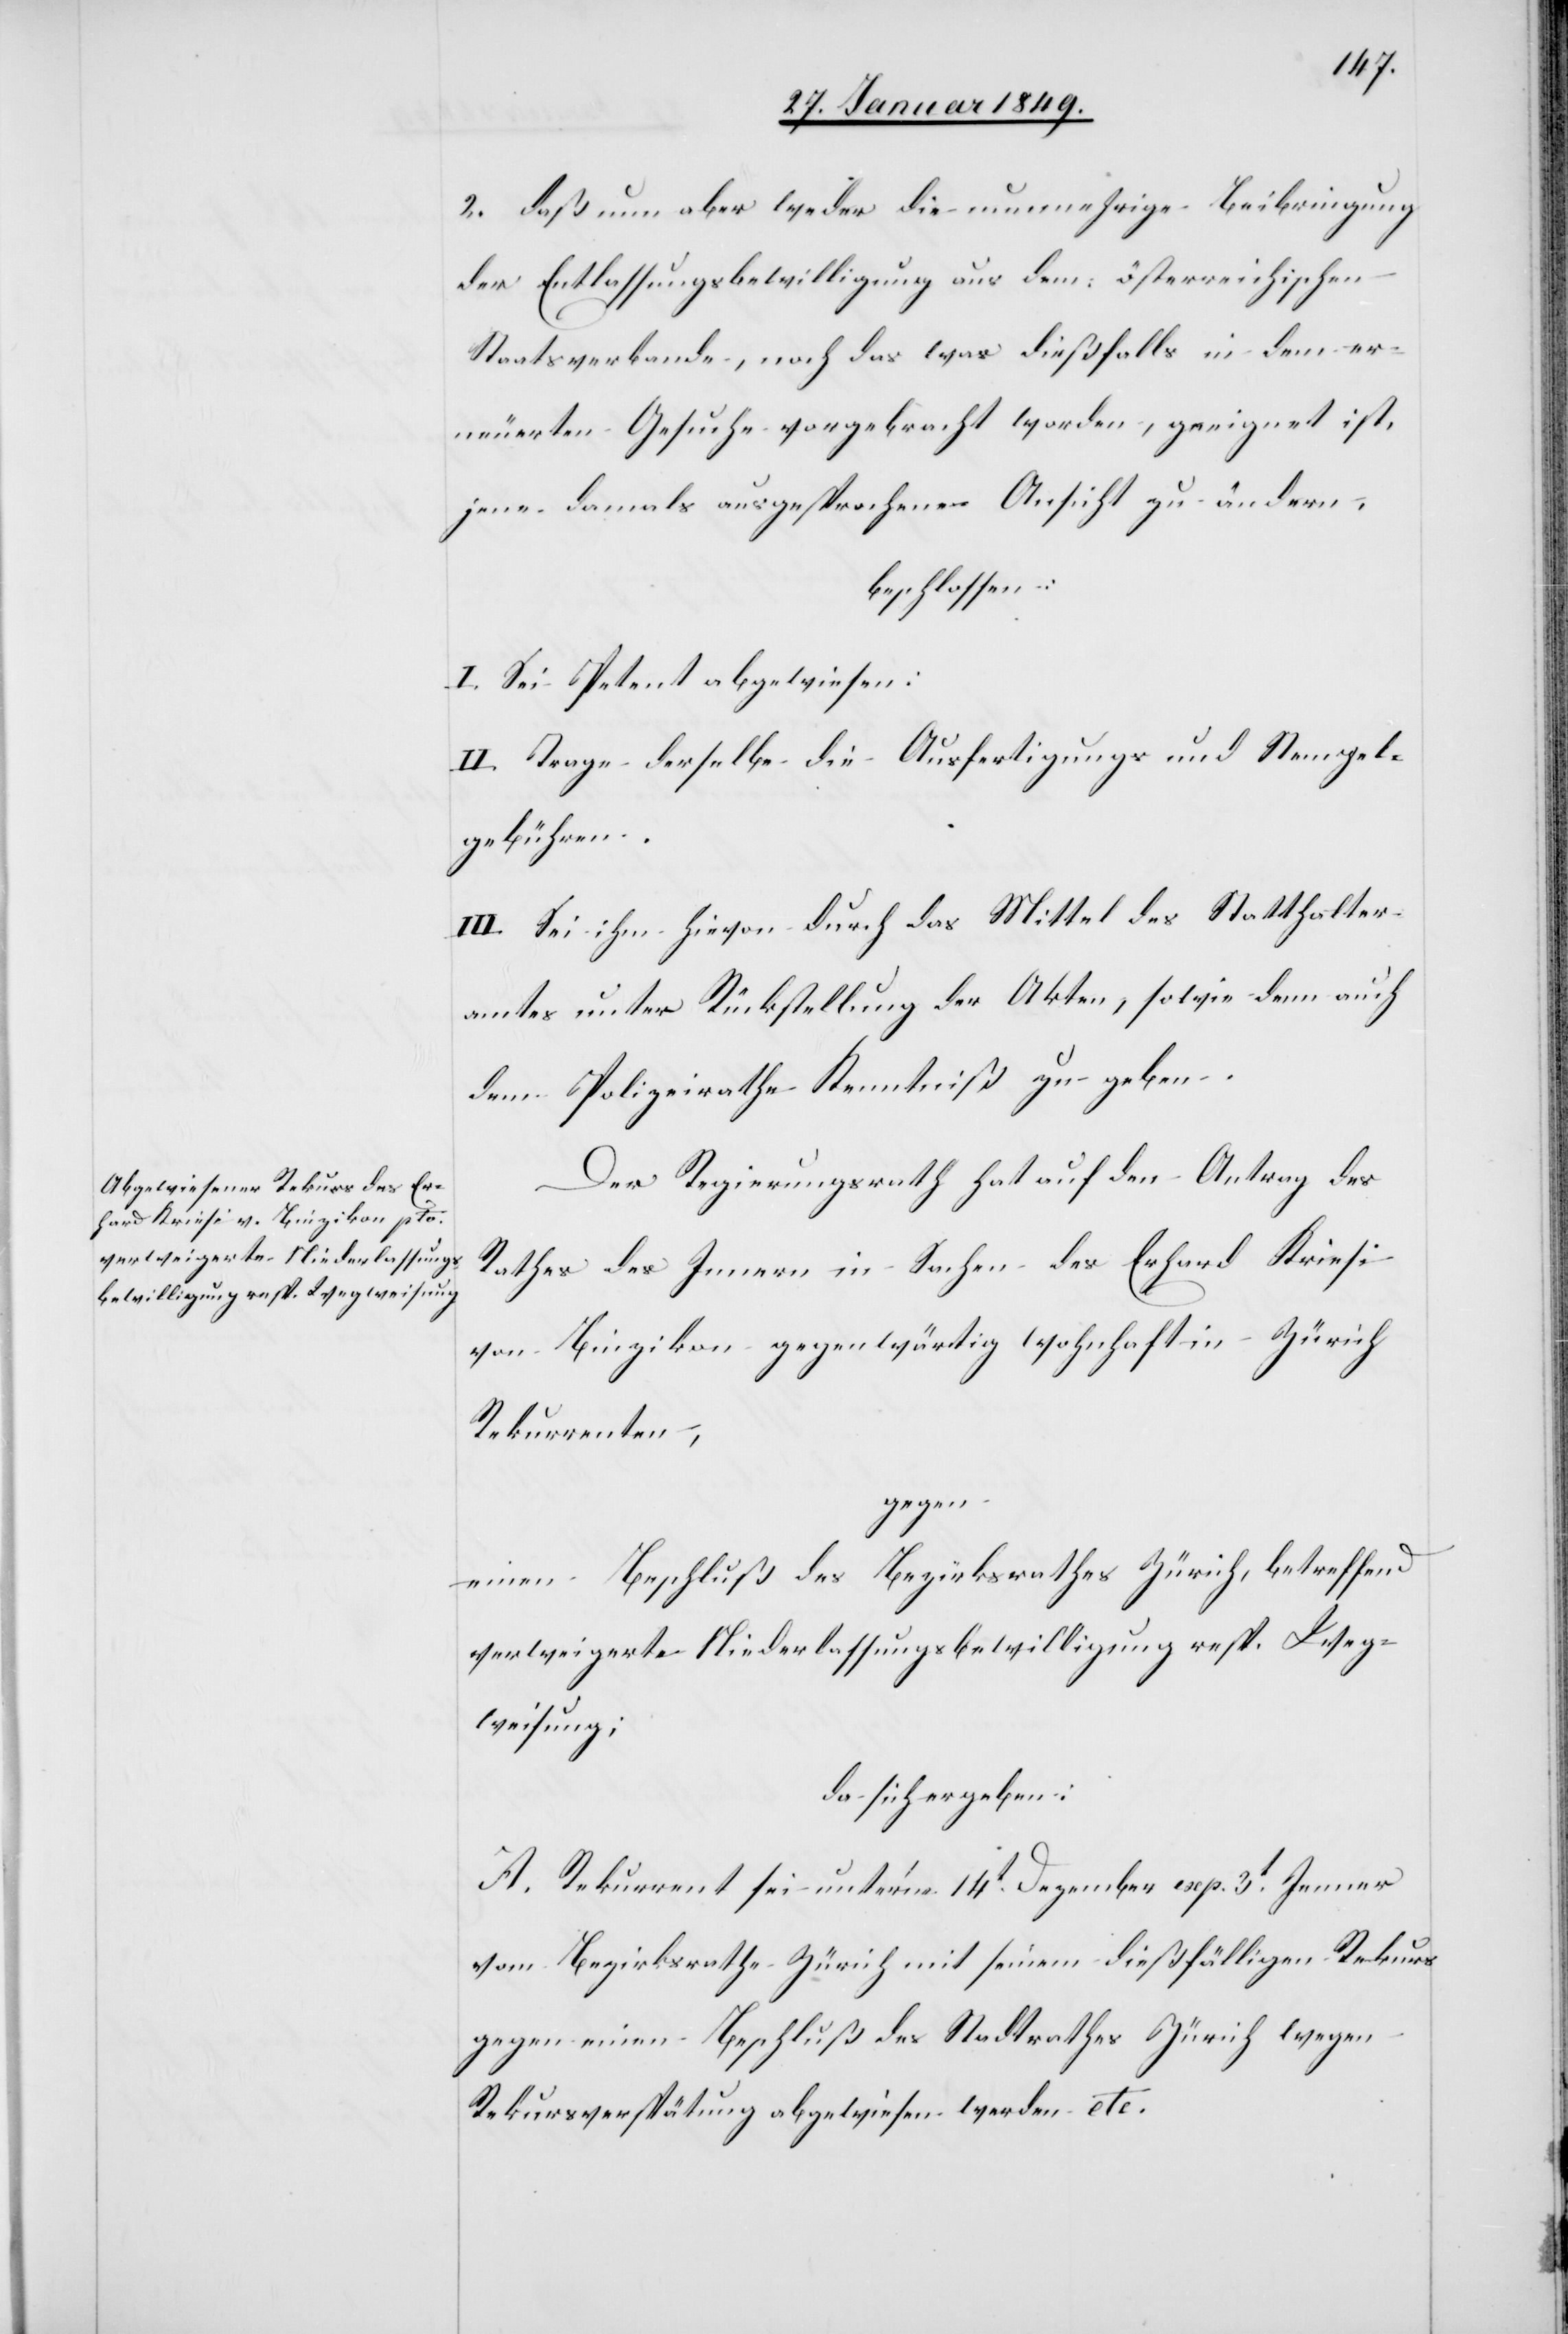
2. daß nun aber weder die nunmehrige Beibringung
der Entlassungsbewilligung aus dem österreichischen
Staatsverbande, noch das was dießfalls in dem er¬
neuerten Gesuche vorgebracht worden, geeignet ist,
jene damals ausgesprochene Ansicht zu ändern,
beschlossen:
I. Sei Petent abgewiesen.
II. Trage derselbe die Ausfertigungs und Stempel¬
gebühren.
III. Sei ihm hievon durch das Mittel des Statthalter¬
amtes unter Rückstellung der Akten, sowie denn auch
dem Polizeirathe Kenntniß zu geben.
Der Regierungsrath hat auf den Antrag des
Rathes des Innern in Sachen des Erhard Kriesi
von Binzikon gegenwärtig wohnhaft in Zürich
Rekurrenten,
gegen
einen Beschluß des Bezirksrathes Zürich, betreffend
verweigerte Niederlassungsbewilligung resp. Weg¬
weisung;
da sich ergeben:
A. Rekurrent sei unter’m 14t. Dezember exp. 3t. Jenner
vom Bezirksrathe Zürich mit seinem dießfälligen Rekurs
gegen einen Beschluß des Stadtrathes Zürich wegen
Rekursverspätung abgewiesen werden [sic!]